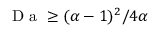
\mathrm { ~ D ~ a ~ } \geq ( \alpha - 1 ) ^ { 2 } / 4 \alpha